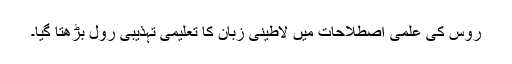
روس کی علمی اصطلاحات میں لاطینی زبان کا تعلیمی تہذیبی رول بڑھتا گیا۔